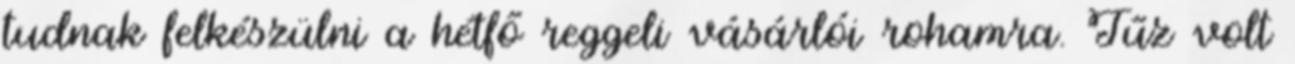
tudnak felkészülni a hétfő reggeli vásárlói rohamra. Tűz volt